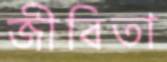
জীবিতা